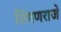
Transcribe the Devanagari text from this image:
शिंगणराजे